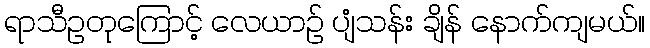
ရာသီဥတုကြောင့် လေယာဉ် ပျံသန်း ချိန် နောက်ကျမယ်။